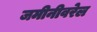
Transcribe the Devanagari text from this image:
जमीनीवरेल